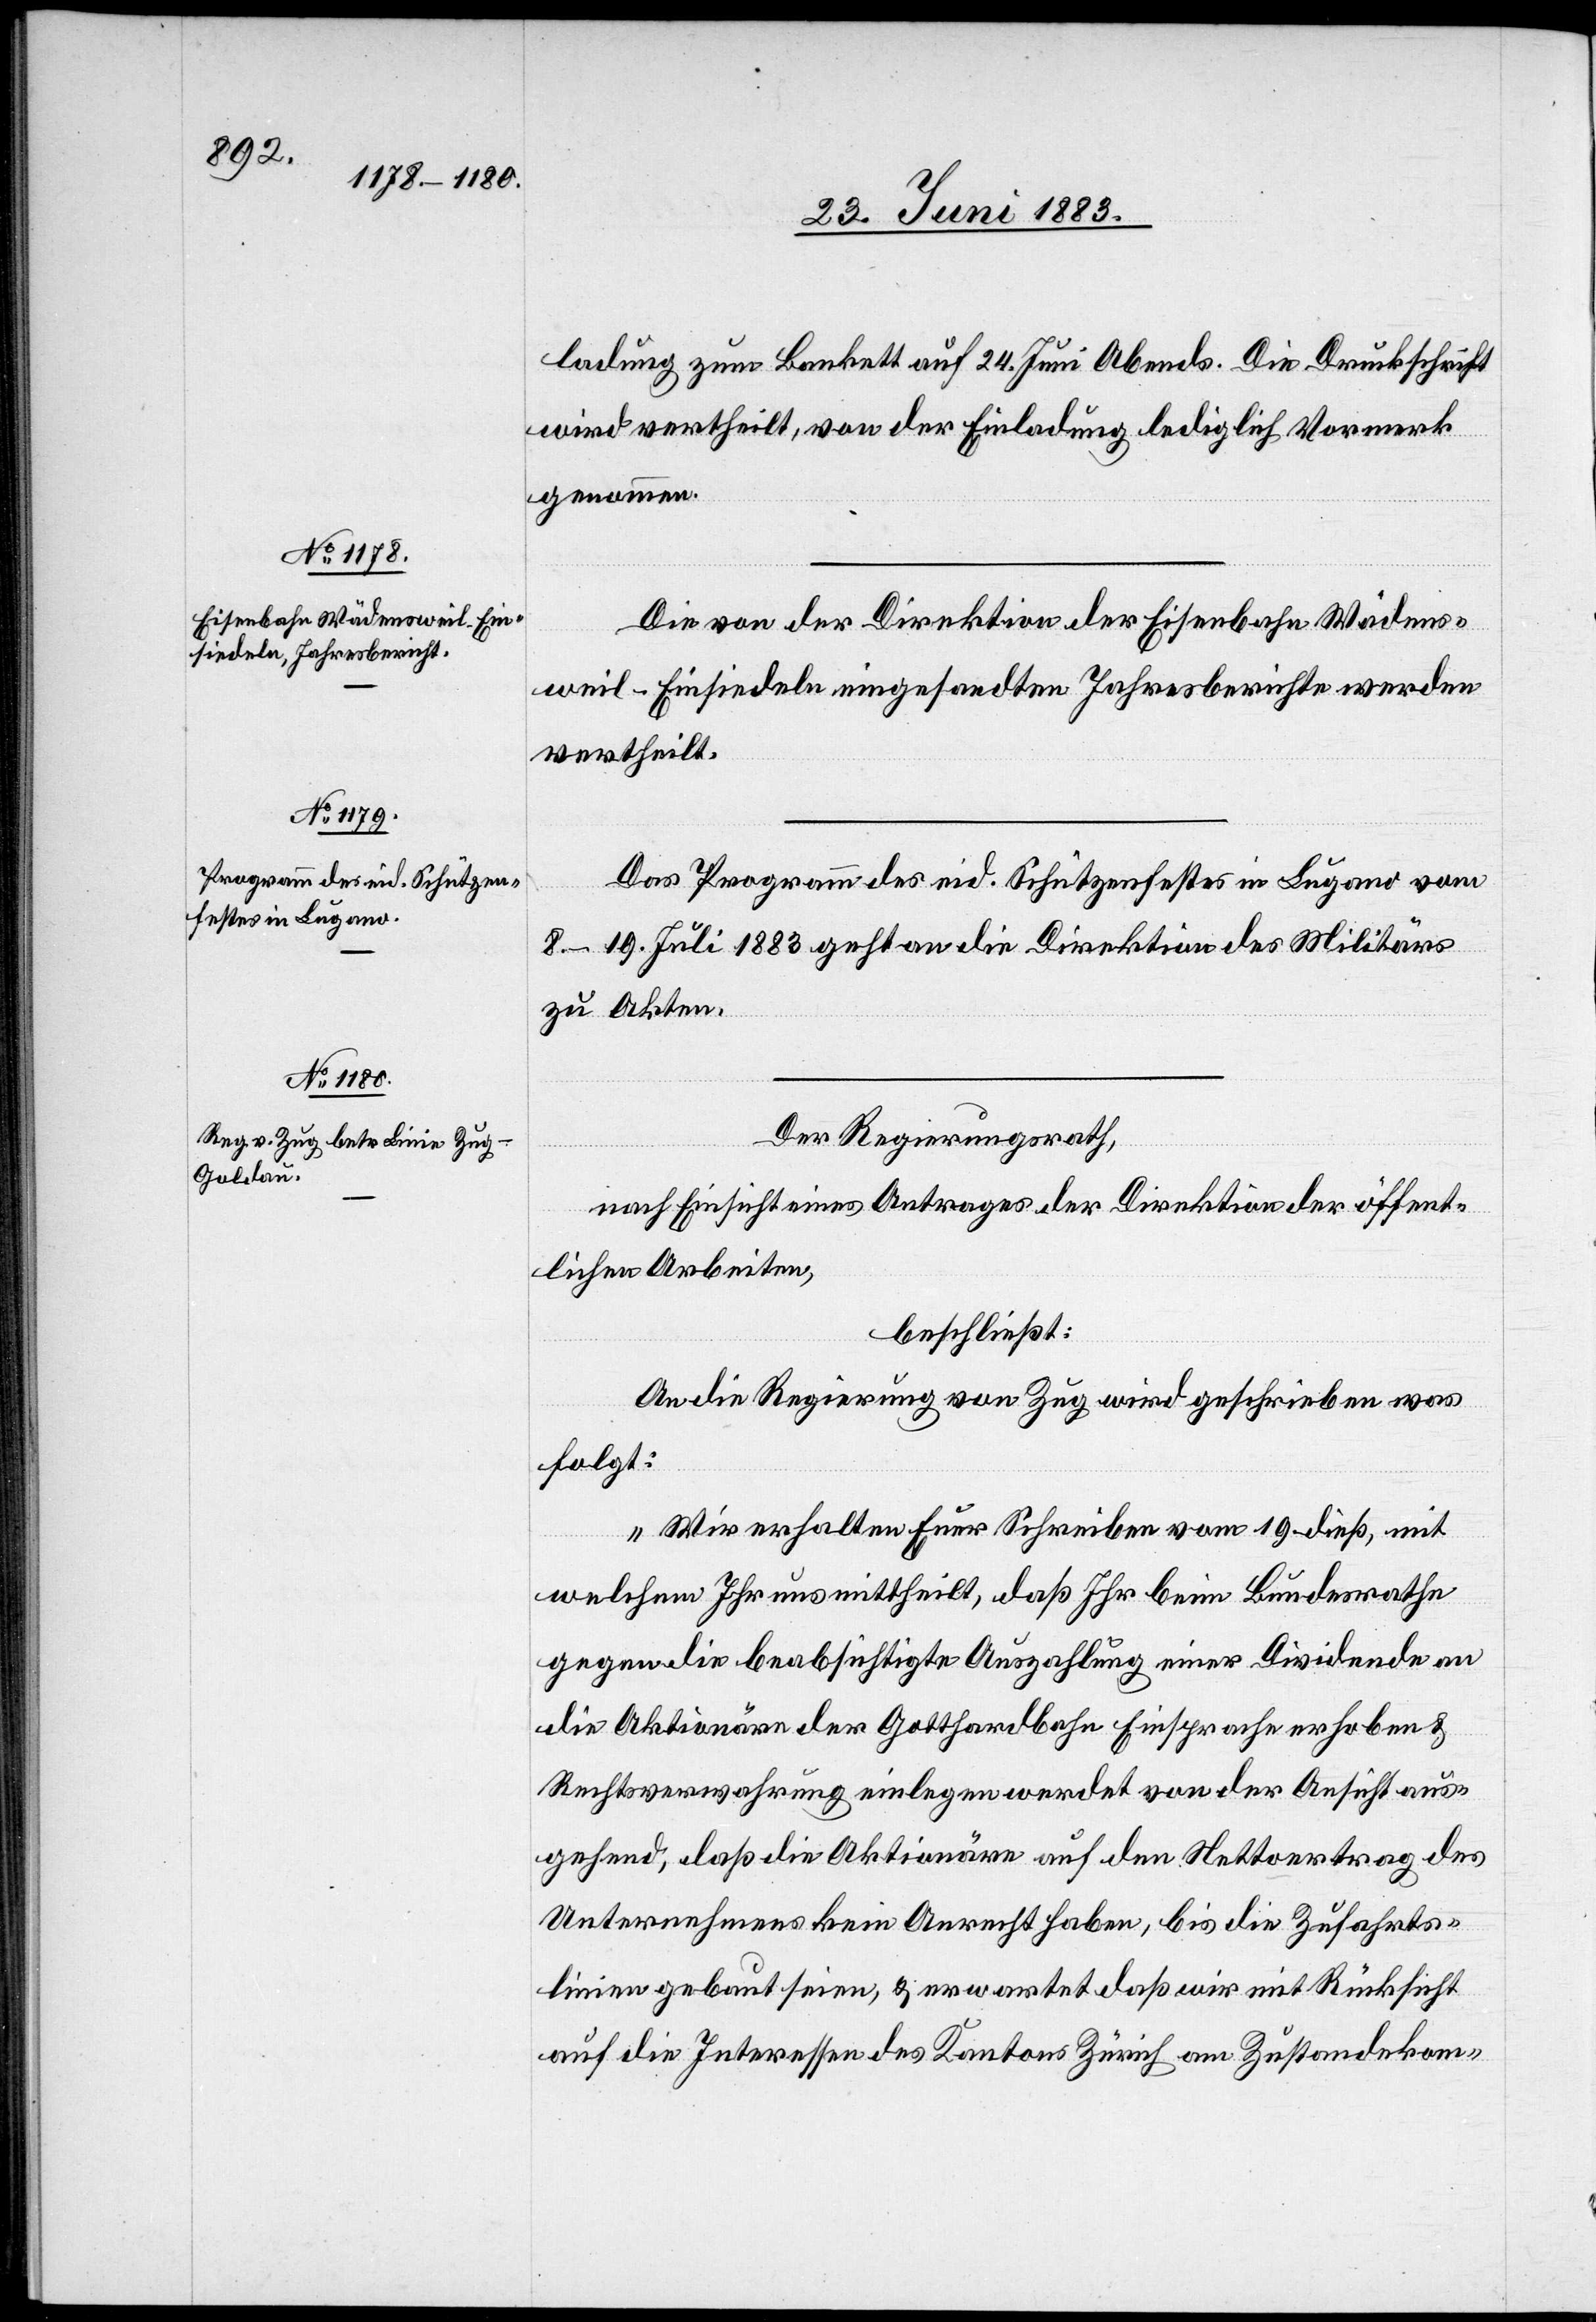
ladung zum Bankett auf 24. Juni Abends. Die Druckschrift
wird vertheilt, von der Einladung lediglich Vormerk
genommen.
Die von der Direktion der Eisenbahn Wädens¬
weil–Einsiedeln eingesandten Jahresberichte werden
vertheilt.
Das Programm des eid. Schützenfestes in Lugano vom
8.–19. Juli 1883 geht an die Direktion des Militärs
zu Akten.
Der Regierungsrath,
nach Einsicht eines Antrages der Direktion der öffent¬
lichen Arbeiten,
beschließt:
An die Regierung von Zug wird geschrieben was
folgt:
„Wir erhalten Euer Schreiben vom 19. dieß, mit
welchem Ihr uns mittheilt, daß Ihr beim Bundesrathe
gegen die beabsichtigte Auszahlung einer Dividende an
die Aktionäre der Gotthardbahn Einsprache erhoben &
Rechtsverwahrung einlegen werden von der Ansicht aus¬
gehend, daß die Aktionäre auf den Nettovertrag des
Unternehmens kein Anrecht haben, bis die Zufahrts¬
linien gebaut seien, & erwartet daß wir mit Rücksicht
auf die Interessen des Kantons Zürich am Zustandekom-